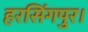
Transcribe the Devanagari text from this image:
हरसिंगपुर।